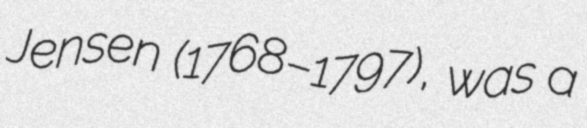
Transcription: Jensen (1768–1797), was a